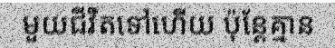
មួយជីវិតទៅហើយ ប៉ុន្តែគ្មាន